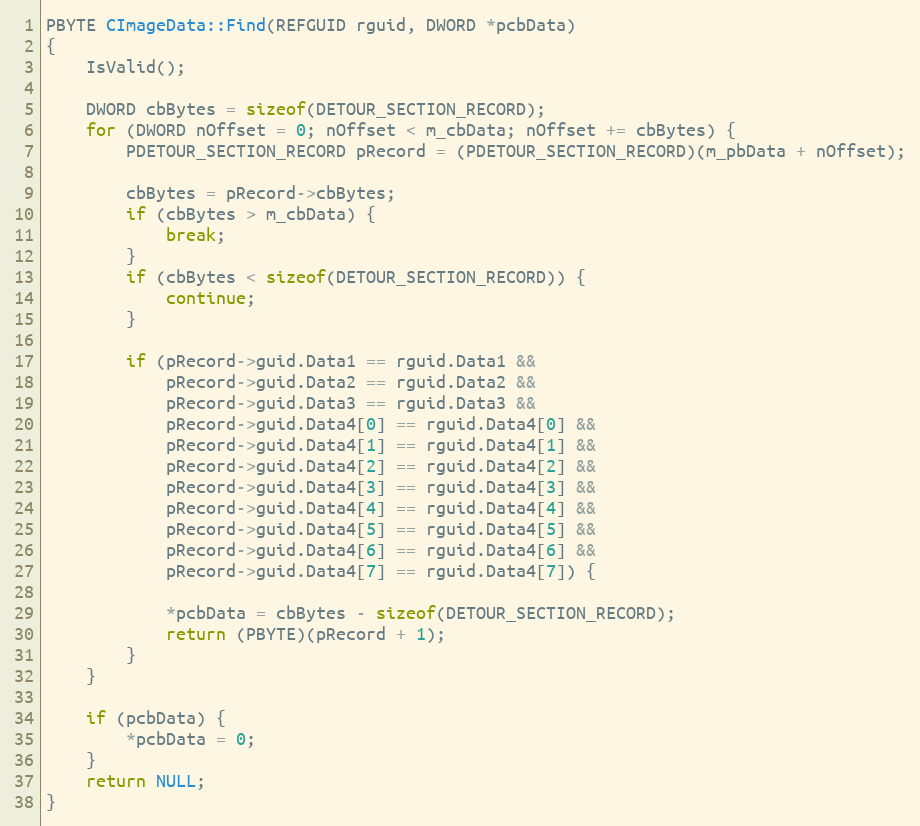
Language: C++
PBYTE CImageData::Find(REFGUID rguid, DWORD *pcbData)
{
    IsValid();

    DWORD cbBytes = sizeof(DETOUR_SECTION_RECORD);
    for (DWORD nOffset = 0; nOffset < m_cbData; nOffset += cbBytes) {
        PDETOUR_SECTION_RECORD pRecord = (PDETOUR_SECTION_RECORD)(m_pbData + nOffset);

        cbBytes = pRecord->cbBytes;
        if (cbBytes > m_cbData) {
            break;
        }
        if (cbBytes < sizeof(DETOUR_SECTION_RECORD)) {
            continue;
        }

        if (pRecord->guid.Data1 == rguid.Data1 &&
            pRecord->guid.Data2 == rguid.Data2 &&
            pRecord->guid.Data3 == rguid.Data3 &&
            pRecord->guid.Data4[0] == rguid.Data4[0] &&
            pRecord->guid.Data4[1] == rguid.Data4[1] &&
            pRecord->guid.Data4[2] == rguid.Data4[2] &&
            pRecord->guid.Data4[3] == rguid.Data4[3] &&
            pRecord->guid.Data4[4] == rguid.Data4[4] &&
            pRecord->guid.Data4[5] == rguid.Data4[5] &&
            pRecord->guid.Data4[6] == rguid.Data4[6] &&
            pRecord->guid.Data4[7] == rguid.Data4[7]) {

            *pcbData = cbBytes - sizeof(DETOUR_SECTION_RECORD);
            return (PBYTE)(pRecord + 1);
        }
    }

    if (pcbData) {
        *pcbData = 0;
    }
    return NULL;
}